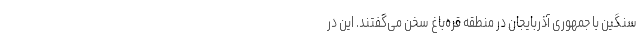
سنگین با جمهوری آذربایجان در منطقه قره‌باغ سخن می‌‌گفتند. این در